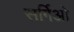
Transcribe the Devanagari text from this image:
सर्गिओ